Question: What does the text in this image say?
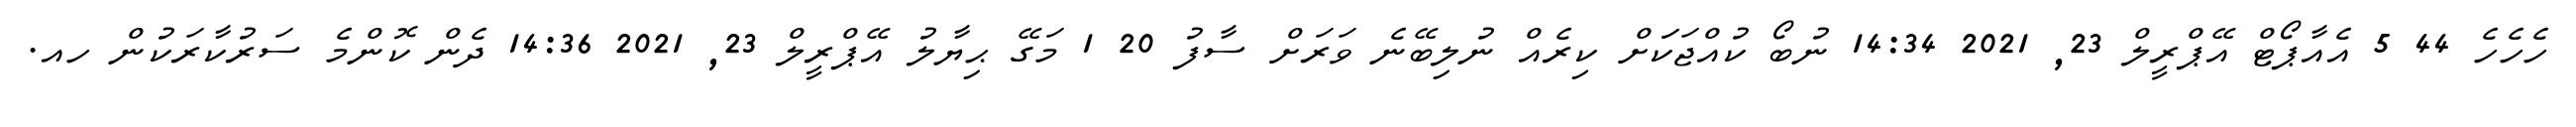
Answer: ހެހެހެ 44 5 އެއާޕޯޓް އޭޕްރީލް 23, 2021 14:34 ނުބޯ ކުއްޖަކަަށް ކިރެއް ނުލިބޭނެ ވަރަށް ސާފު 20 1 މަގޭ ޙިޔާލު އޭޕްރީލް 23, 2021 14:36 ދެން ކޮންމެ ސަރުކާރަކުން ހއ.